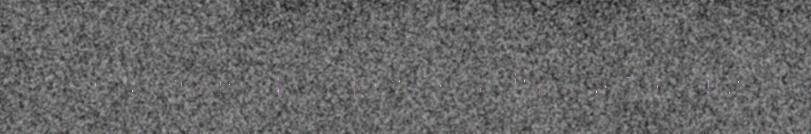
learoehkidie sjïehtedidh, juktie dah